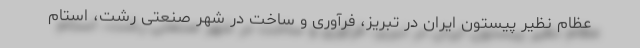
عظام نظیر پیستون ایران در تبریز، فرآوری و ساخت در شهر صنعتی رشت، استام